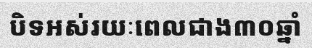
បិទអស់រយៈពេលជាង៣០ឆ្នាំ